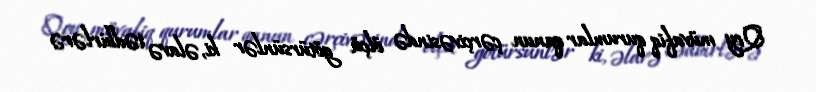
Qoy müvafiq qurumlar qanun çərçivəsində ölçü götürsünlər ki, əlavə tədbirlərə